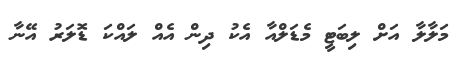
މަލާލާ އަށް ލިބަޓީ މެޑަލްއާ އެކު ދިން އެއް ލައްކަ ޑޮލަރު އޭނާ